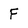
Character: F